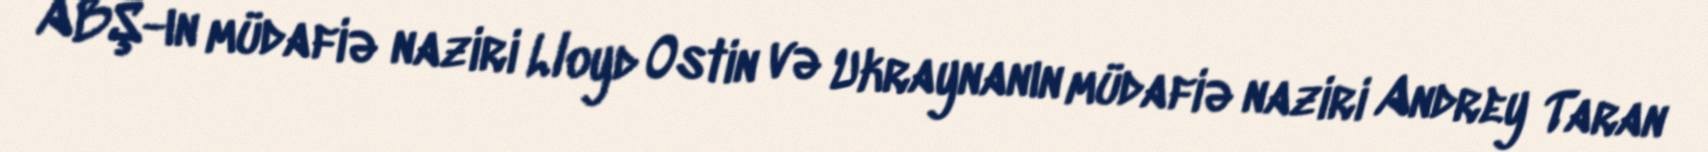
ABŞ-ın müdafiə naziri Lloyd Ostin və Ukraynanın müdafiə naziri Andrey Taran